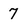
Character: 7